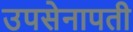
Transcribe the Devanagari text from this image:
उपसेनापती